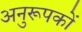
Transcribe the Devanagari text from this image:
अनुरूपकों